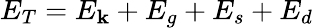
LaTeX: E_{T}=E_{\mathbf{k}}+E_{g}+E_{s}+E_{d}